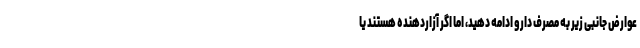
عوارض جانبی زیر به مصرف دارو ادامه دهید، اما اگر آزاردهنده هستند یا